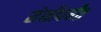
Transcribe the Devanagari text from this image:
सेमीपर्यंत